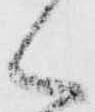
く